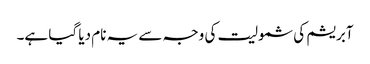
آبریشم کی شمولیت کی وجہ سے یہ نام دیا گیا ہے۔